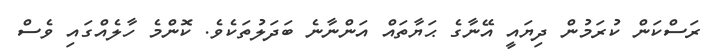
ރަސްކަން ކުރަމުން ދިޔައީ އޭނާގެ ޙަޔާތައް އަންނާނެ ބަދަލުތަކެވެ. ކޮންމެ ހާލެއްގައި ވެސް